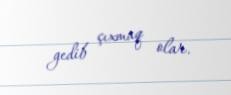
gedib çıxmaq olar.